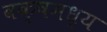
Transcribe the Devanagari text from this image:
वक्षमध्य